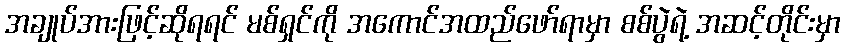
အချုပ်အားဖြင့်ဆိုရရင် မစ်ရှင်ကို အကောင်အထည်ဖော်ရာမှာ စစ်ပွဲရဲ့ အဆင့်တိုင်းမှာ